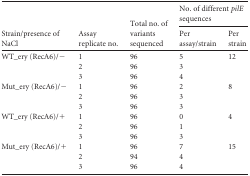
<table><thead><tr><td rowspan="2"><b>Strain/presence of NaCl</b></td><td rowspan="2"><b>Assay replicate no.</b></td><td rowspan="2"><b>Total no. of variants sequenced</b></td><td colspan="2"><b>No. of different <i>pilE</i> sequences</b></td></tr><tr><td><b>Per assay/strain</b></td><td><b>Per strain</b></td></tr></thead><tbody><tr><td>WT_ery (RecA6)/−</td><td>1</td><td>96</td><td>5</td><td>12</td></tr><tr><td></td><td>2</td><td>96</td><td>3</td><td></td></tr><tr><td></td><td>3</td><td>96</td><td>4</td><td></td></tr><tr><td>Mut_ery (RecA6)/−</td><td>1</td><td>96</td><td>2</td><td>8</td></tr><tr><td></td><td>2</td><td>96</td><td>3</td><td></td></tr><tr><td></td><td>3</td><td>96</td><td>3</td><td></td></tr><tr><td>WT_ery (RecA6)/+</td><td>1</td><td>96</td><td>0</td><td>4</td></tr><tr><td></td><td>2</td><td>96</td><td>1</td><td></td></tr><tr><td></td><td>3</td><td>96</td><td>3</td><td></td></tr><tr><td>Mut_ery (RecA6)/+</td><td>1</td><td>96</td><td>7</td><td>15</td></tr><tr><td></td><td>2</td><td>94</td><td>4</td><td></td></tr><tr><td></td><td>3</td><td>96</td><td>4</td><td></td></tr></tbody></table>